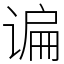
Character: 谝